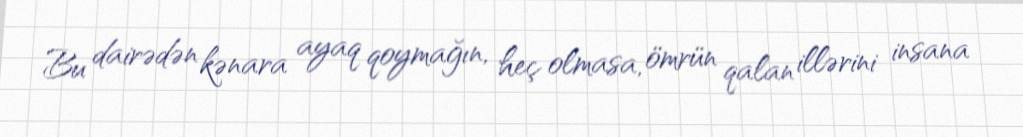
Bu dairədən kənara ayaq qoymağın, heç olmasa, ömrün qalan illərini insana